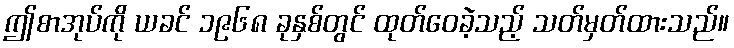
ဤစာအုပ်ကို ယခင် ၁၉၆၈ ခုနှစ်တွင် ထုတ်ဝေခဲ့သည့် သတ်မှတ်ထားသည်။